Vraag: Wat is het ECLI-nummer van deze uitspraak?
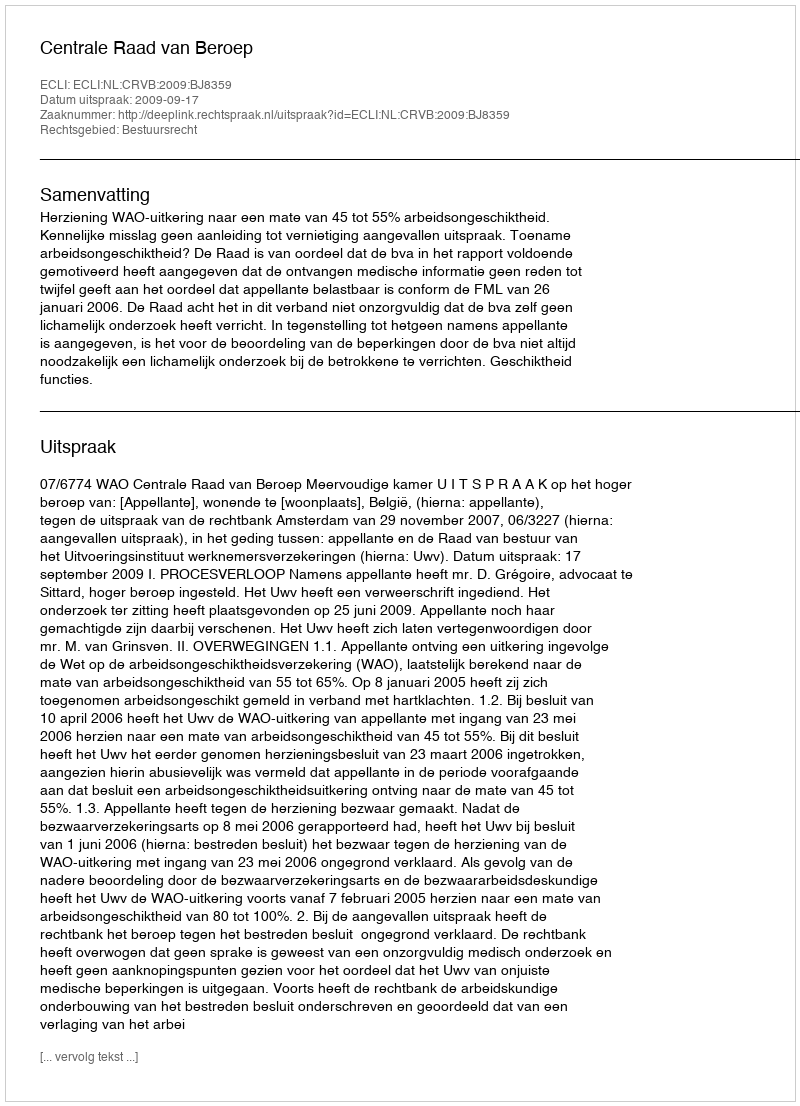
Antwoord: ECLI:NL:CRVB:2009:BJ8359